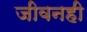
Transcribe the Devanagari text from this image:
जीवनही